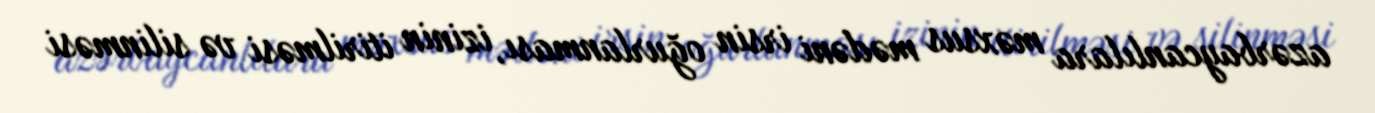
azərbaycanlılara məxsus mədəni irsin oğurlanması, izinin itirilməsi və silinməsi